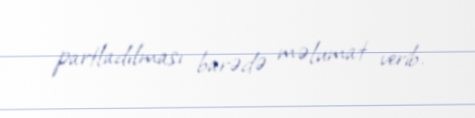
partladılması barədə məlumat verib.